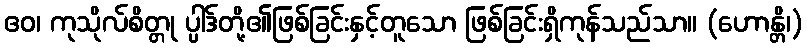
ဧဝ၊ ကုသိုလ်စိတ္တု ပ္ပါဒ်တို့၏ဖြစ်ခြင်းနှင့်တူသော ဖြစ်ခြင်းရှိကုန်သည်သာ။ (ဟောန္တိ၊)